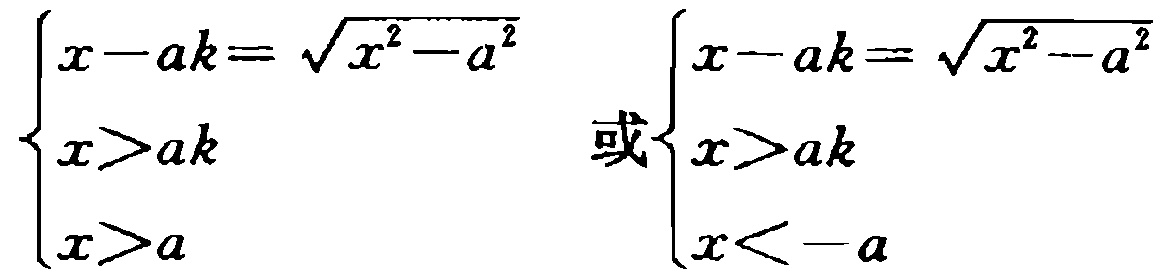
\(\begin{cases}
x - ak = \sqrt{x^{2}-a^{2}} \\
x > ak \\
x > a
\end{cases}\) 或\(\begin{cases}
x - ak = \sqrt{x^{2}-a^{2}} \\
x > ak \\
x < -a
\end{cases}\)